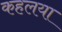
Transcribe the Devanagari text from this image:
कहलया